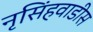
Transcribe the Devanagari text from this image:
नृसिंहवाडीस